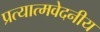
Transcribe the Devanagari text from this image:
प्रत्यात्मवेदनीय